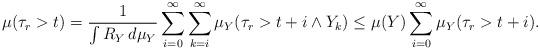
LaTeX: \begin{align*}\mu(\tau_r > t) = \frac{1}{\int R_Y \, d\mu_Y} \sum_{i = 0}^\infty \sum_{k=i}^\infty \mu_Y(\tau_r > t+i \wedge Y_k) \le \mu(Y) \sum_{i=0}^\infty \mu_Y(\tau_r > t+i) .\end{align*}